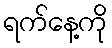
ရက်နေ့ကို